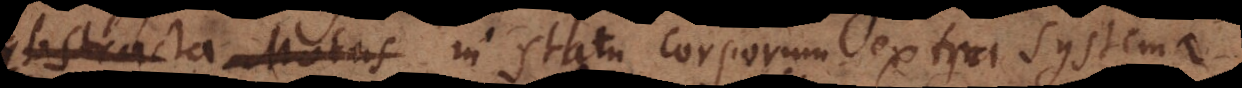
abstracta Motus in statu corporum extra systema